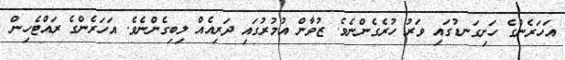
އަހަރެންގެ ހަށިގަނޑުގައި ވަރު ހުރެގެންނެވެ. ޒުވާން އުމުރުގައި ދަރިިއެއް ލިބިގެންނެވެ. އަހަރެންގެ ރައްޓެހިން